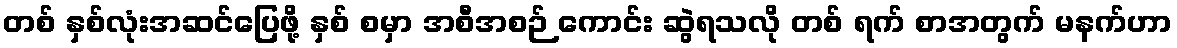
တစ် နှစ်လုံးအဆင်ပြေဖို့ နှစ် စမှာ အစီအစဉ် ကောင်း ဆွဲရသလို တစ် ရက် စာအတွက် မနက်ဟာ